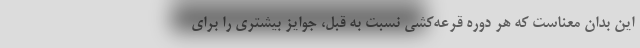
این بدان معناست که هر دوره قرعه‌کشی نسبت به قبل، جوایز بیشتری را برای